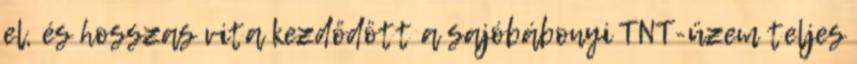
el, és hosszas vita kezdődött a sajóbábonyi TNT-üzem teljes